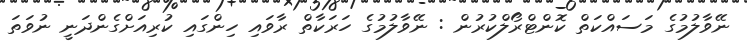
ނޭވާލުމުގެ މަސައްކަތް ކޮންޓްރޯލްކުރުން : ނޭވާލުމުގެ ހަރަކާތް ރާވައި ހިންގައި ކުރިއަށްގެންދަނީ ނުވަތަ